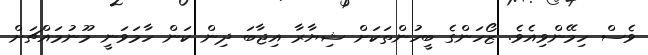
ވެސް ހިމޭންވިއެވެ. ޒޯހަންގެ ބީހުންތަކަށް ޝިޔާރާ އިޖާބަ ދިން ކަން ހާމަވަނީ މޫނުމައްޗަށް